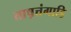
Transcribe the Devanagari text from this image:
ताष़त्तंगाडि